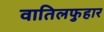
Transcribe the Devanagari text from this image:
वातिलफुहार